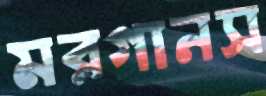
মরগানস